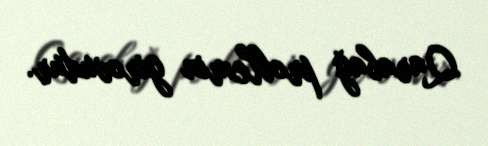
Qarabağ problemin girovudur.